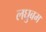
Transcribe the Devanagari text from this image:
लघुबम